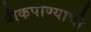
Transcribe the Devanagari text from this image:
पीकपाण्याची